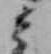
ミ